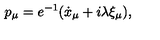
p _ { \mu } = e ^ { - 1 } ( \dot { x } _ { \mu } + i \lambda \xi _ { \mu } ) ,